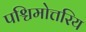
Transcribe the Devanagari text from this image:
पश्चिमोत्तरिय